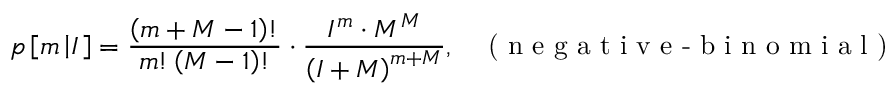
p \left[ m \left| I \right. \right] = \frac { \left( m + M - 1 \right) ! } { m ! \left( M - 1 \right) ! } \cdot \frac { I ^ { m } \cdot M ^ { M } } { \left( I + M \right) ^ { m + M } } , \; \; \; \textrm { ( n e g a t i v e - b i n o m i a l ) }